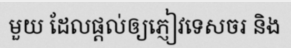
មួយ ដែលផ្តល់ឲ្យភ្ញៀវទេសចរ និង